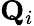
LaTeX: \mathbf{Q}_{i}